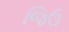
જિઉ